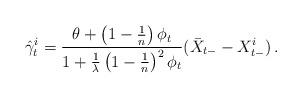
LaTeX: \begin{align*}\hat \gamma^i_t=\frac{\theta+\left(1-\frac{1}{n}\right)\phi_{t}}{1+\frac{1}{\lambda}\left(1-\frac{1}{n}\right)^2\phi_{t}}(\bar X_{t-}-X^i_{t-})\,.\end{align*}